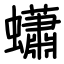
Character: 蠨